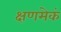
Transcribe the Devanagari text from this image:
क्षणमेकं